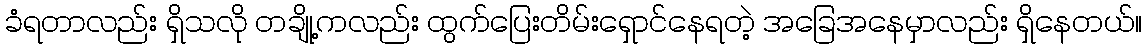
ခံရတာလည်း ရှိသလို တချို့ကလည်း ထွက်ပြေးတိမ်းရှောင်နေရတဲ့ အခြေအနေမှာလည်း ရှိနေတယ်။